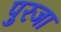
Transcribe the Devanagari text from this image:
पुरजा